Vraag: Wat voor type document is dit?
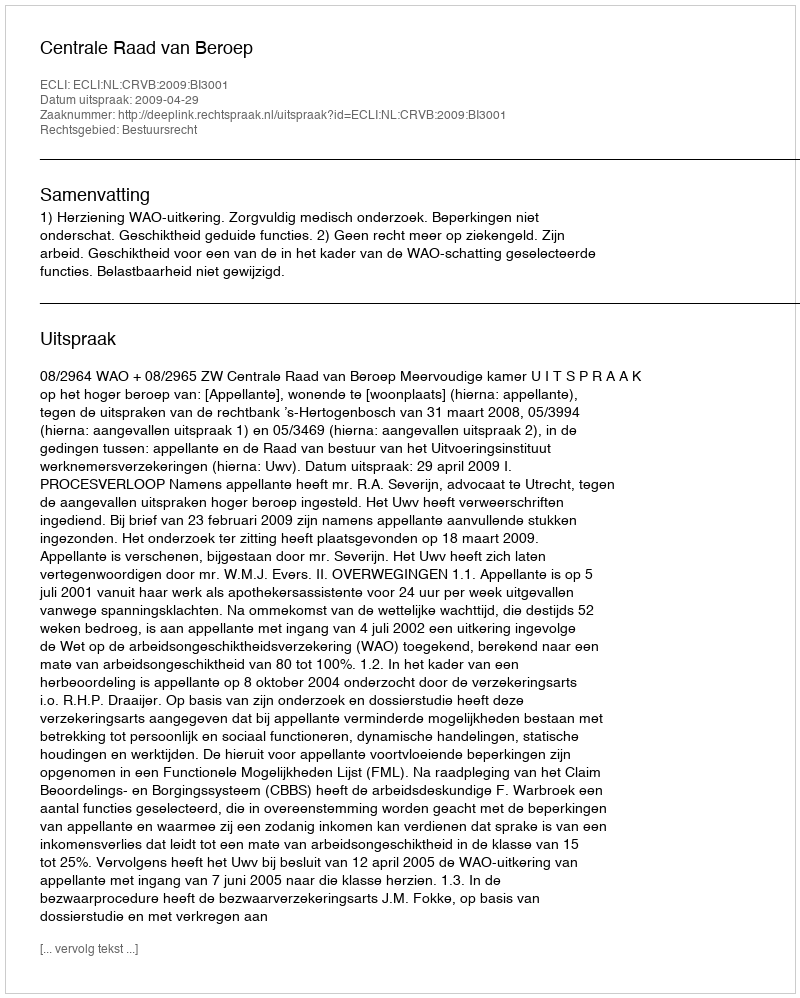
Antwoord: Uitspraak